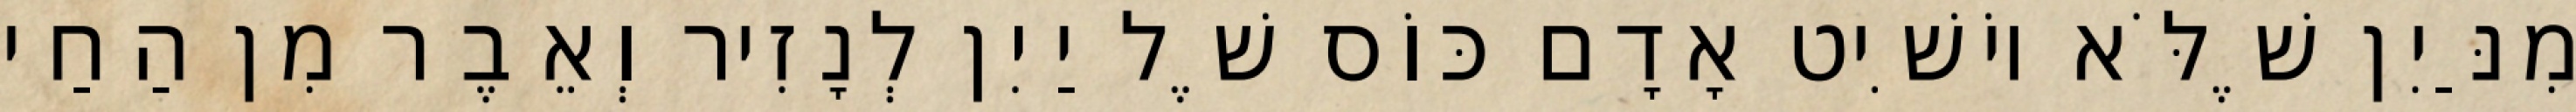
מִנַּיִן שֶׁלֹּא יוֹשִׁיט אָדָם כּוֹס שֶׁל יַיִן לְנָזִיר וְאֵבֶר מִן הַחַי